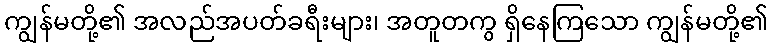
ကျွန်မတို့၏ အလည်အပတ်ခရီးများ၊ အတူတကွ ရှိနေကြသော ကျွန်မတို့၏